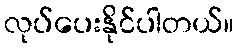
လုပ်ပေးနိုင်ပါတယ်။